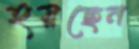
হয়ছেন